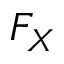
F _ { X }